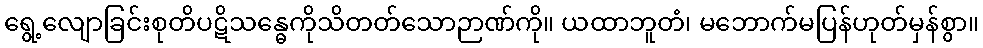
ရွေ့လျောခြင်းစုတိပဋိသန္ဓေကိုသိတတ်သောဉာဏ်ကို။ ယထာဘူတံ၊ မဘောက်မပြန်ဟုတ်မှန်စွာ။